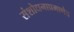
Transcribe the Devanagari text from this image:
संशोधनाप्रमाणेच